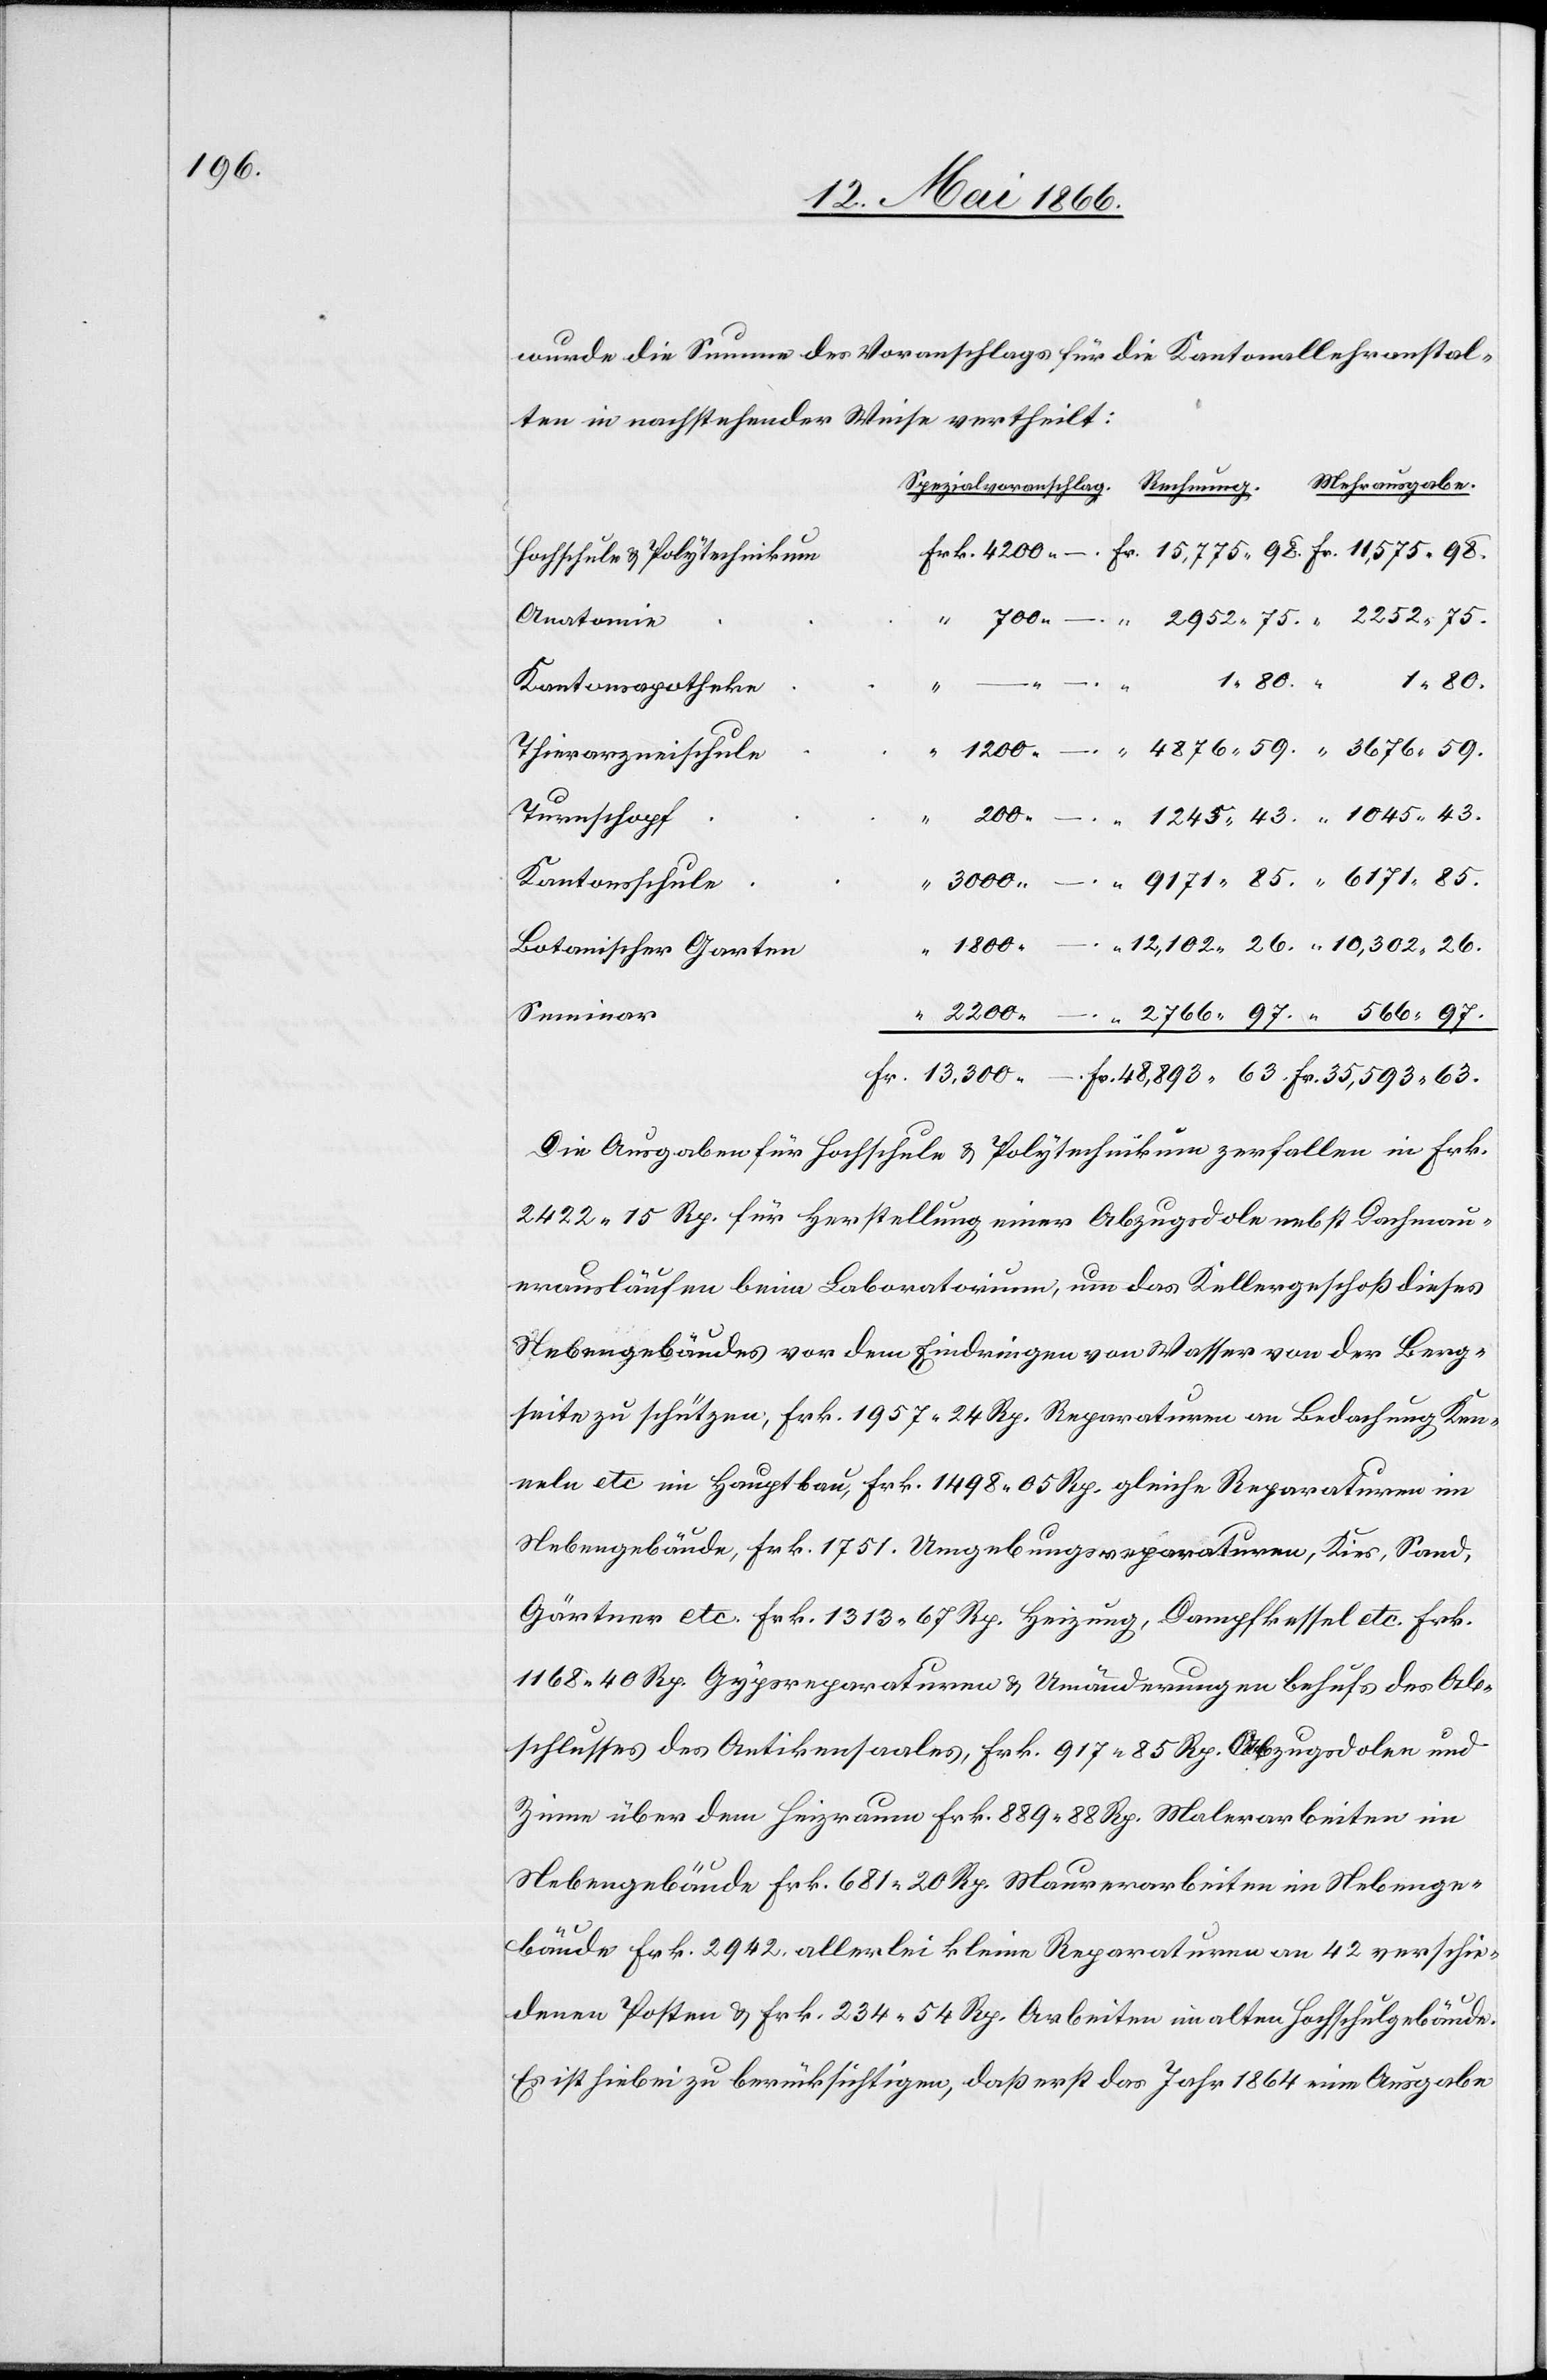
wurde die Summe des Voranschlages für die Kantonallehranstal¬
ten in nachstehender Weise vertheilt:
Hochschule u. Polytechnikum
Anatomie
Kantonalapotheke
13 300.
Thierarzneischule
Turnschopf
200.
Kantonsschule
3000.
“
63.
1800.
Botanischer Garten
Seminar
Die Ausgaben für Hochschule u. Polytechnikum zerfallen in Frk.
2422.15 Rp. für Herstellung einer Abzugsdole nebst Dachmau¬
erausläufen beim Laboratorium, um das Kellergeschoß dieses
Nebengebäudes vor dem Eindringen von Wasser von der Berg¬
seite zu schützen, Frk. 1957.24 Rp. Reparaturen an Bedachung Ken¬
neln etc. im Hauptbau, Frk. 1498.05 Rp. gleiche Reparaturen im
Nebengebäude, Frk. 1751. Umgebungsreparaturen, Kies, Sand,
Gärtner etc.[,] Frk. 1313.67 Rp. Heizung, Dampfkessel etc.[,] Frk.
1168.40 Rp. Gypsreparaturen u. Umänderungen behufs des Ab¬
–.
schlusses des Antikensaales, Frk. 917.85 Rp. Abzugsdole und
Zinne über dem Heizraum[,] Frk. 889.88 Rp. Malerarbeiten im
Nebengebäude[,] Frk. 681.20 Rp. Maurerarbeiten im Nebenge¬
bäude[,] Frk. 2942. allerlei kleine Reparaturen an 42 verschie¬
denen Posten u. Frk. 234.54 Rp. Arbeiten im alten Hochschulgebäude.
Es ist hiebei zu berücksichtigen, daß erst das Jahr 1864 eine Ausgabe